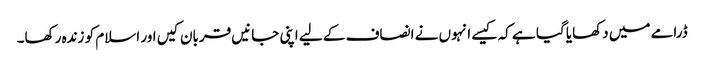
ڈرامے میں دکھایا گیا ہے کہ کیسے انہوں نے انصاف کے لیے اپنی جانیں قربان کیں اور اسلام کو زندہ رکھا۔